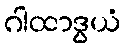
ဂါထာဒွယံ